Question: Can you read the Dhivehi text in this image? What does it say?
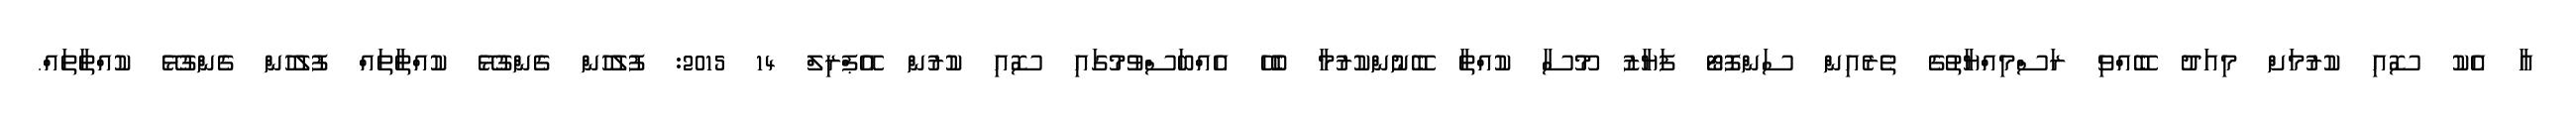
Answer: އާ އެކު ސޮއި ކުރުމަށް މިއަދު ބޭއްވި ރަސްމިއްޔާތުގެ ތެރެއިން ސަންފޮޓޯ ފަޔާޒު މޫސާ ކުއްތާ ބޭނުންކުރުމާ ބެހޭ އެއްބަސްވުމުގައި ސޮއި ކުރުން އޭޕްރިލް 14 2015: ފުލުހުން ގެންގުޅޭ ކުއްތާތައް ފުލުހުން ގެންގުޅޭ ކުއްތާތައް.